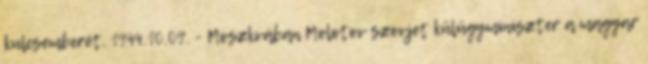
kulcsemberét. 1944.10.09. - Moszkvában Molotov szovjet külügyminiszter a magyar